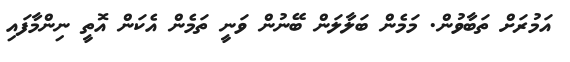
އަމުރަށް ތަބާވުން. މަމެން ބަލާލަން ބޭނުން ވަނީ ތަމެން އެކަން އޮތީ ނިންމާފައި